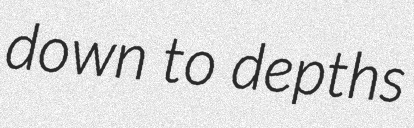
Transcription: down to depths